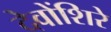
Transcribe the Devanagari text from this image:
देवोंशिरे